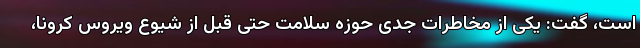
است، گفت: یکی از مخاطرات جدی حوزه سلامت حتی قبل از شیوع ویروس کرونا،